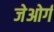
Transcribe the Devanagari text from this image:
जेओर्ग